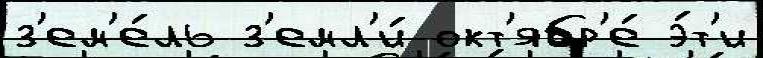
з'ем'е́ль з'емл'и́ окт'ябр'е́ э́т'и